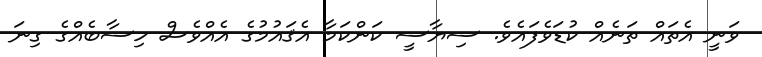
ވަނީ އެތައް ތަނެއް ކުޑަވެފައެވެ. ސިޔާސީ ކަންކަމާ އެޤައުމުގެ އެއްވެސް ހިސާބެއްގެ ގިނަ